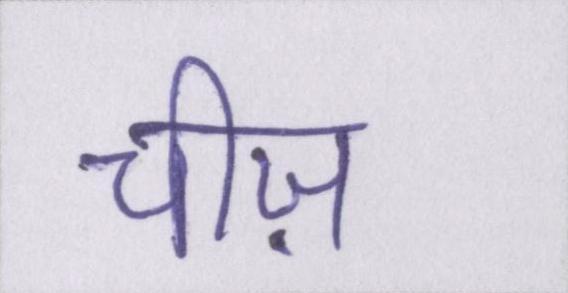
चीज़